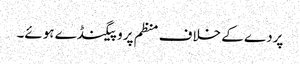
پردے کے خلاف منظم پروپیگنڈے ہوئے۔